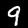
Digit: 9